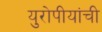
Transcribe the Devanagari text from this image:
युरोपीयांची